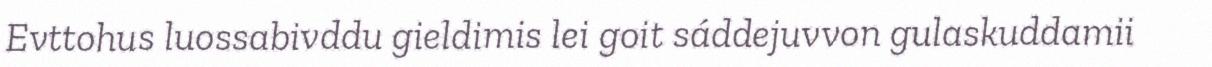
Evttohus luossabivddu gieldimis lei goit sáddejuvvon gulaskuddamii